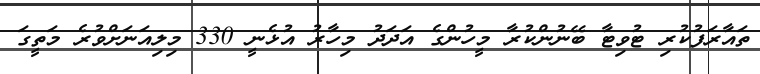
ތައާރަފުކުރި ޓުވިޓާ ބޭނުންކުރާ މީހުންގެ އަދަދު މިހާރު އުޅެނީ 330 މިލިއަނަށްވުރެ މަތީގަ